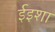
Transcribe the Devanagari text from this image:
ईइशा